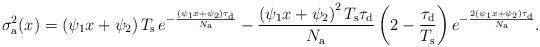
\begin{align*}\sigma_{\rm a}^2(x)=\left(\psi_{1}x+\psi_{2}\right)T_{\rm s}\,e^{-\frac{\left(\psi_1x+\psi_2\right)\tau_{\rm d}}{N_{\rm a}}}-\frac{\left(\psi_{1}x+\psi_{2}\right)^2T_{\rm s}\tau_{\rm d}}{N_{\rm a}}\left(2-\frac{\tau_{\rm d}}{T_{\rm s}}\right)e^{-\frac{2\left(\psi_1x+\psi_2\right)\tau_{\rm d}}{N_{\rm a}}}.\end{align*}